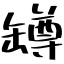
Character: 罇